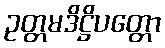
ဥတ္တမဒိဋ္ဌိပတ္တော